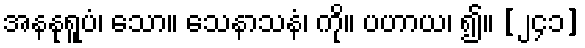
အနနုရူပံ၊ သော။ သေနာသနံ၊ ကို။ ပဟာယ၊ ၍။ [၂၄၁]